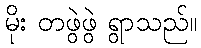
မိုး တဖွဲဖွဲ ရွာသည်။